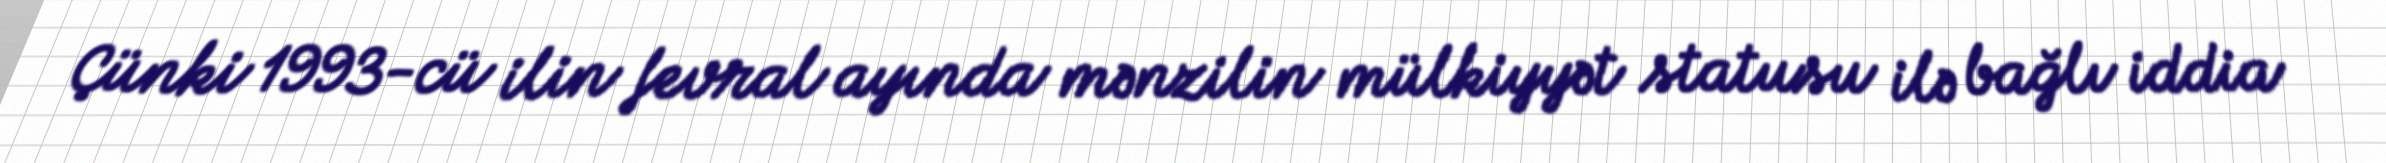
Çünki 1993-cü ilin fevral ayında mənzilin mülkiyyət statusu ilə bağlı iddia